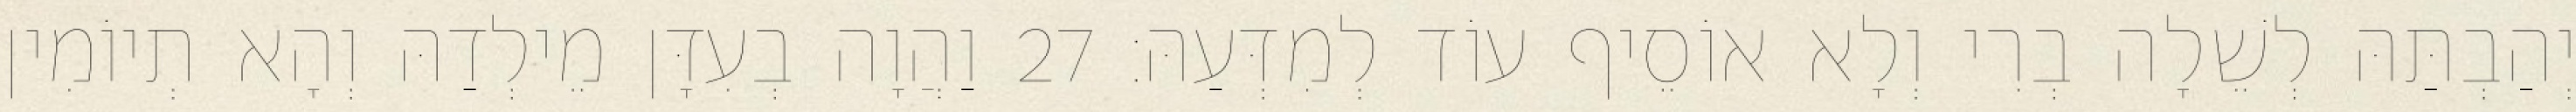
יְהַבְתַּהּ לְשֵׁלָה בְרִי וְלָא אוֹסֵיף עוֹד לְמִדְּעַהּ׃ 27 וַהֲוָה בְעִדָּן מֵילְדַהּ וְהָא תְיוֹמִין